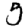
Digit: 5